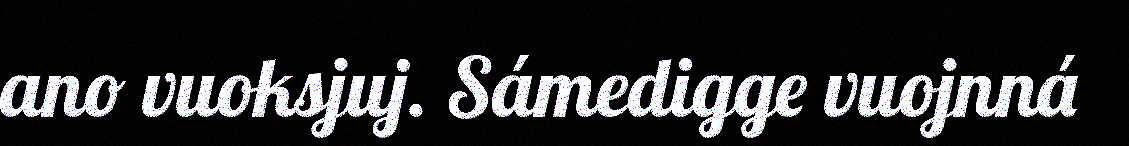
ano vuoksjuj. Sámedigge vuojnná